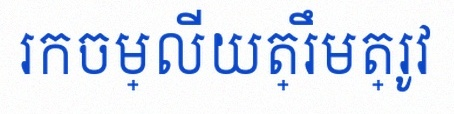
រកចម្លើយត្រឹមត្រូវ